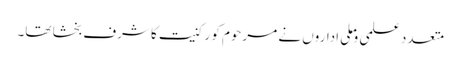
متعدد علمی وملی اداروں نے مرحوم کو رکنیت کا شرف بخشا تھا۔